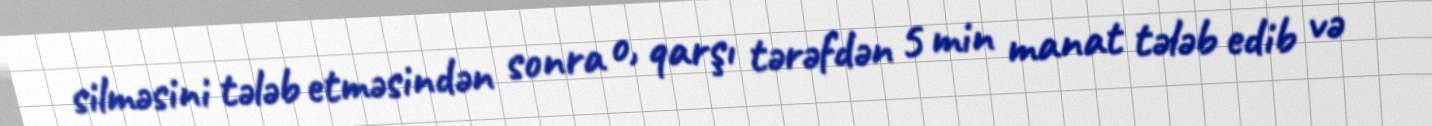
silməsini tələb etməsindən sonra o, qarşı tərəfdən 5 min manat tələb edib və